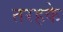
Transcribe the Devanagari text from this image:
तरहके